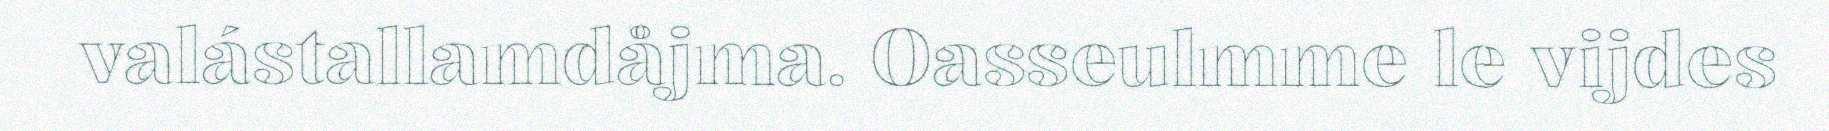
valástallamdåjma. Oasseulmme le vijdes